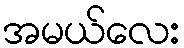
အမယ်လေး